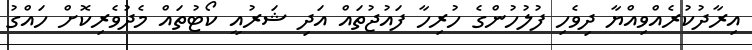
އިރާދުކުރެއްވިއްޔާ ދިވެހި ފުލުހުންގެ ހުރިހާ ފައުޖުތައް އަދި ޝަރުއީ ކޯޓުތައް މެދުވެރިކޮށް ހައްގު